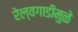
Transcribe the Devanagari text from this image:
रेल्वगाडीमुळे